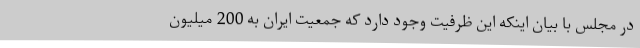
در مجلس با بیان اینکه این ظرفیت وجود دارد که جمعیت ایران به 200 میلیون